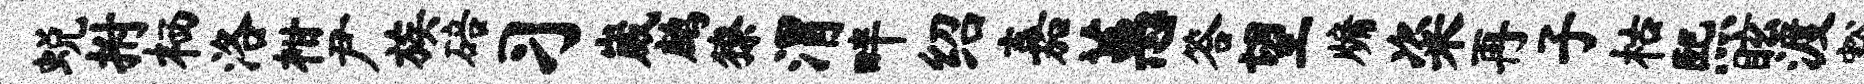
蜕拊栖洛柑尹族碚习崴鹧獠渭畔绍嘉蕙答望牖粢再子枯熙眩渡豁